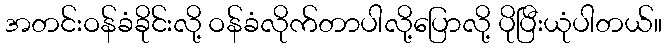
အတင်းဝန်ခံခိုင်းလို့ ဝန်ခံလိုက်တာပါလို့ပြောလို့ ပိုပြီးယုံပါတယ်။